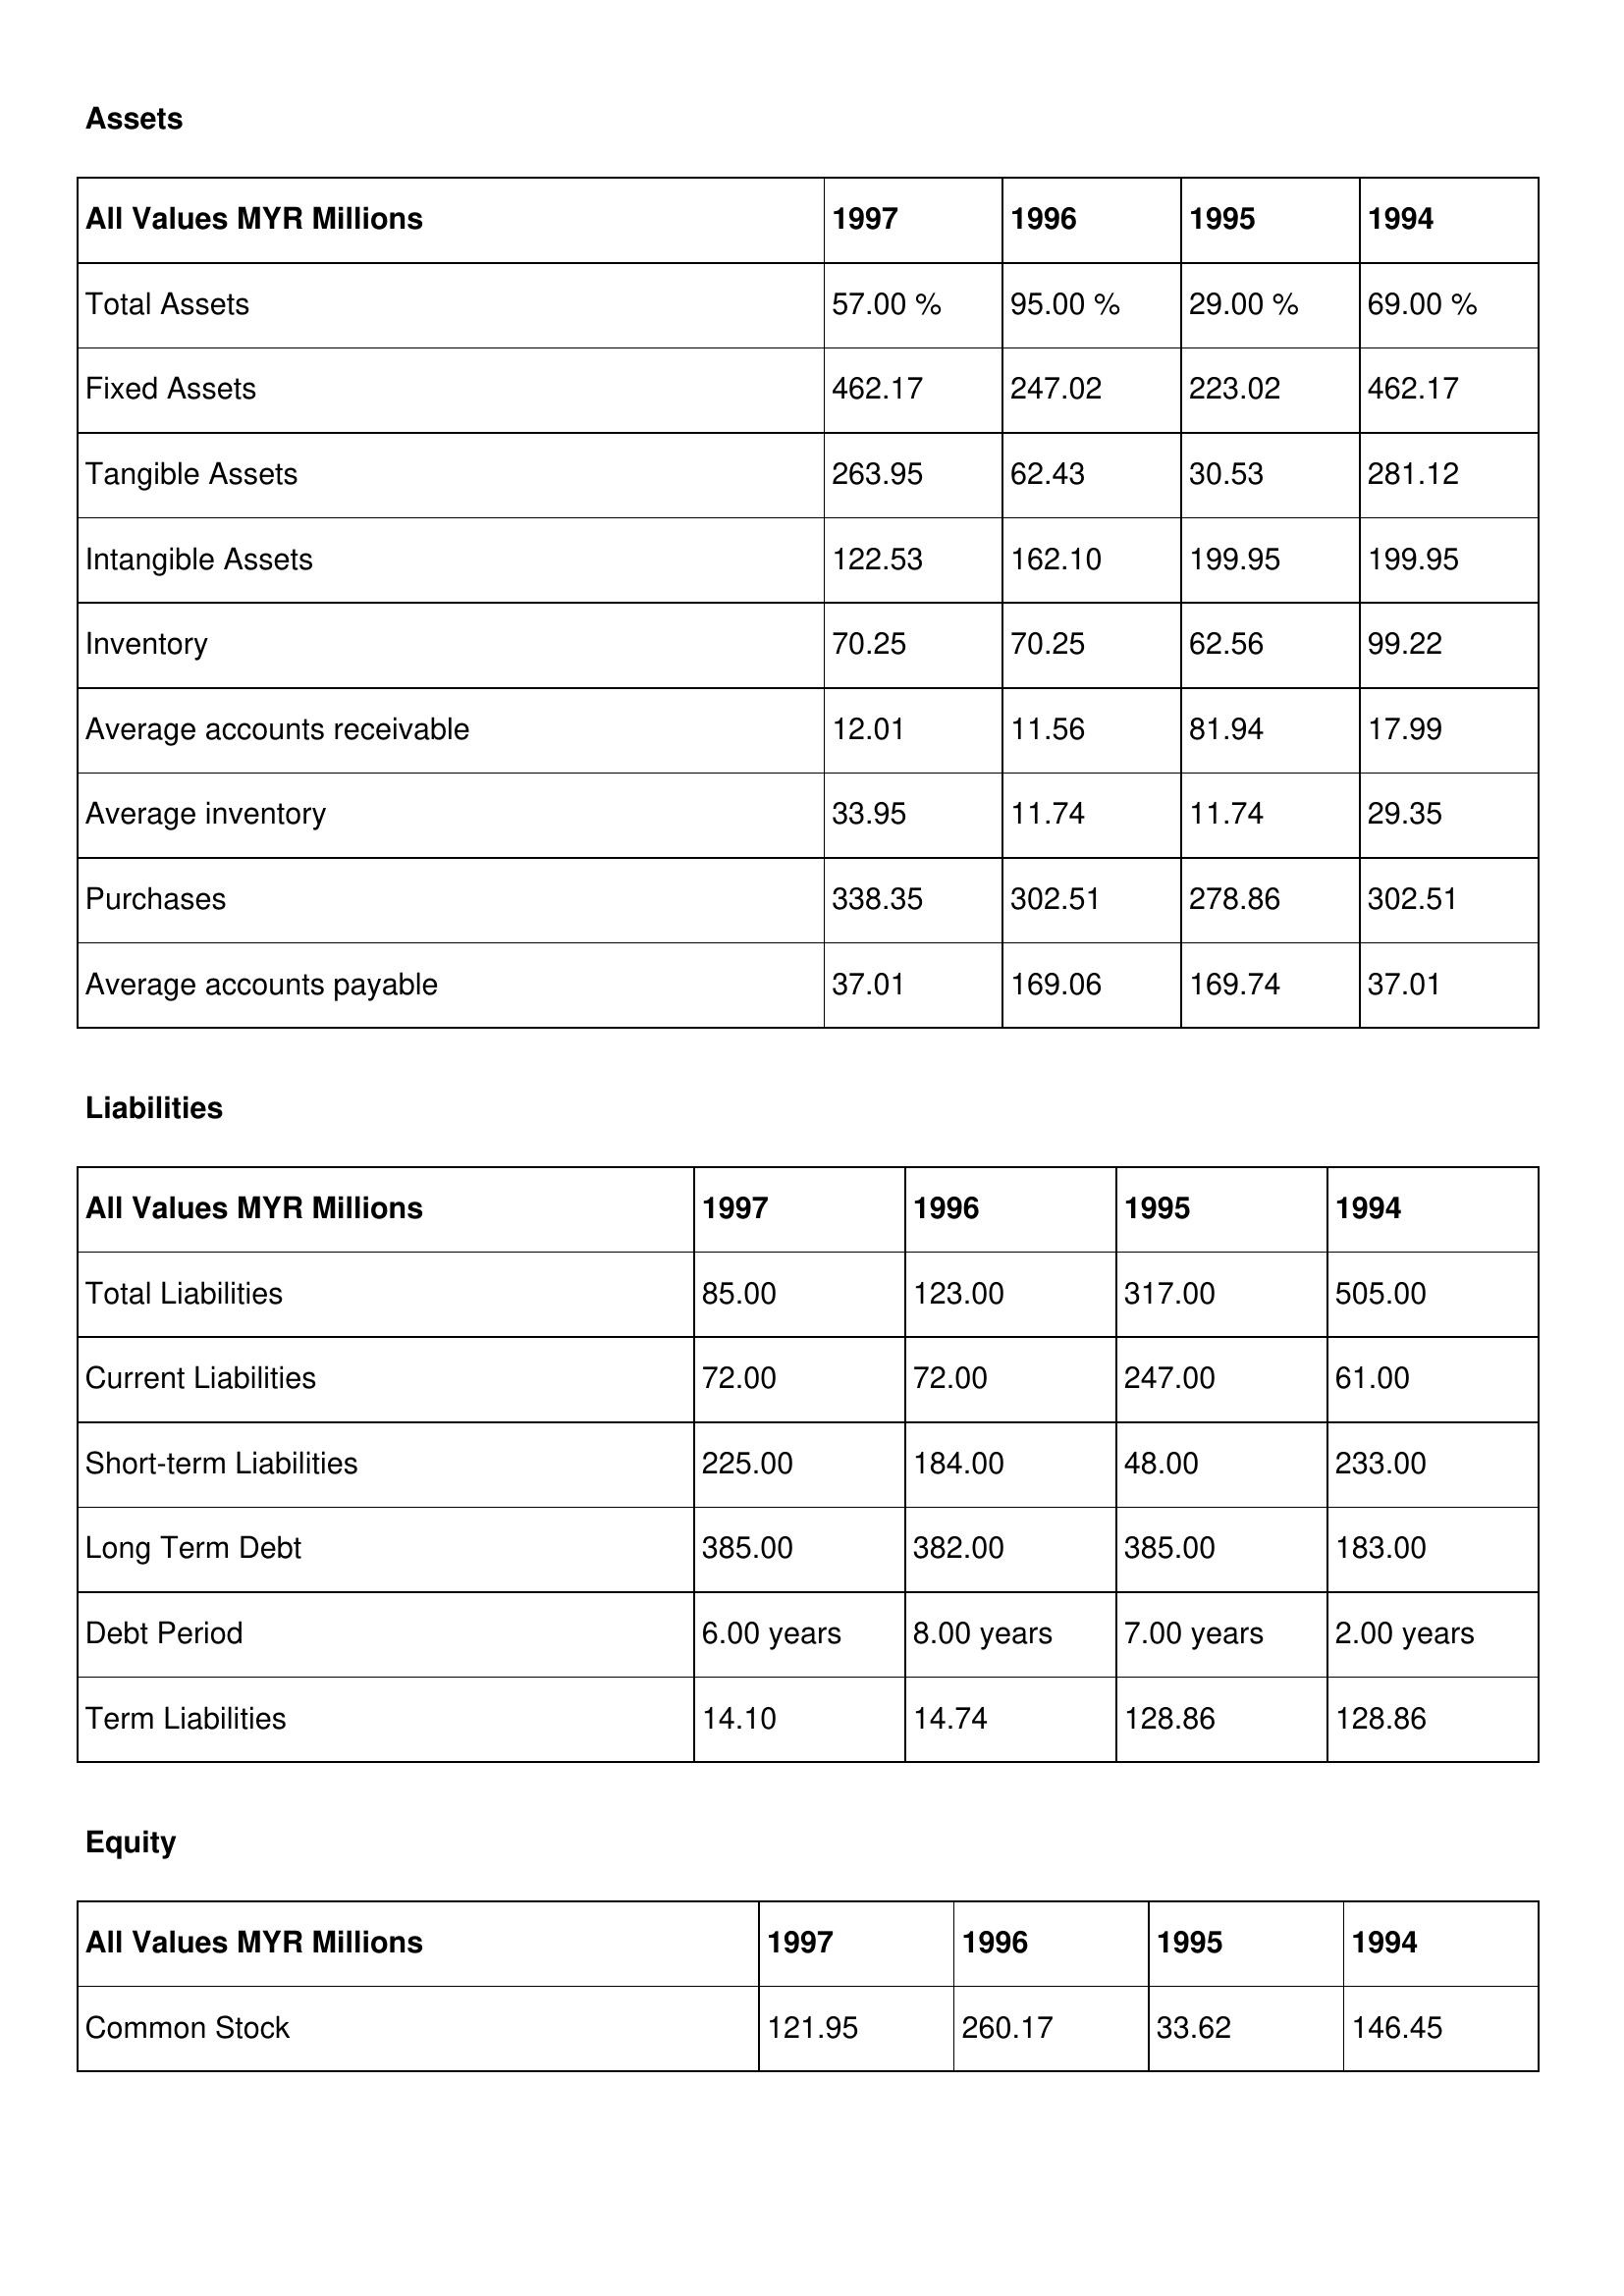
gt_parse: 1997: Assets: Total Assets: 57.00 %
Fixed Assets: 462.17
Tangible Assets: 263.95
Intangible Assets: 122.53
Inventory: 70.25
Average accounts receivable: 12.01
Average inventory: 33.95
Purchases: 338.35
Average accounts payable: 37.01
Liabilities: Total Liabilities: 85.00
Current Liabilities: 72.00
Short-term Liabilities: 225.00
Long Term Debt: 385.00
Debt Period: 6.00 years
Term Liabilities: 14.10
Equity: Common Stock: 121.95
1996: Assets: Total Assets: 95.00 %
Fixed Assets: 247.02
Tangible Assets: 62.43
Intangible Assets: 162.10
Inventory: 70.25
Average accounts receivable: 11.56
Average inventory: 11.74
Purchases: 302.51
Average accounts payable: 169.06
Liabilities: Total Liabilities: 123.00
Current Liabilities: 72.00
Short-term Liabilities: 184.00
Long Term Debt: 382.00
Debt Period: 8.00 years
Term Liabilities: 14.74
Equity: Common Stock: 260.17
1995: Assets: Total Assets: 29.00 %
Fixed Assets: 223.02
Tangible Assets: 30.53
Intangible Assets: 199.95
Inventory: 62.56
Average accounts receivable: 81.94
Average inventory: 11.74
Purchases: 278.86
Average accounts payable: 169.74
Liabilities: Total Liabilities: 317.00
Current Liabilities: 247.00
Short-term Liabilities: 48.00
Long Term Debt: 385.00
Debt Period: 7.00 years
Term Liabilities: 128.86
Equity: Common Stock: 33.62
1994: Assets: Total Assets: 69.00 %
Fixed Assets: 462.17
Tangible Assets: 281.12
Intangible Assets: 199.95
Inventory: 99.22
Average accounts receivable: 17.99
Average inventory: 29.35
Purchases: 302.51
Average accounts payable: 37.01
Liabilities: Total Liabilities: 505.00
Current Liabilities: 61.00
Short-term Liabilities: 233.00
Long Term Debt: 183.00
Debt Period: 2.00 years
Term Liabilities: 128.86
Equity: Common Stock: 146.45